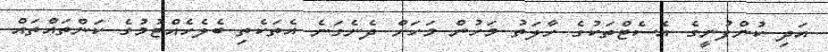
އަދި ކުންފުނީގެ އެސެޓްތަކުގެ ހާލަތު މަހުން މަހަށް ދެނެގަނެ އެތަކެތި ބެލެހެއްޓުމުގެ ކަންތައްތައް